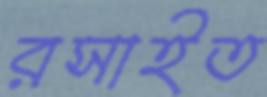
রসাইত